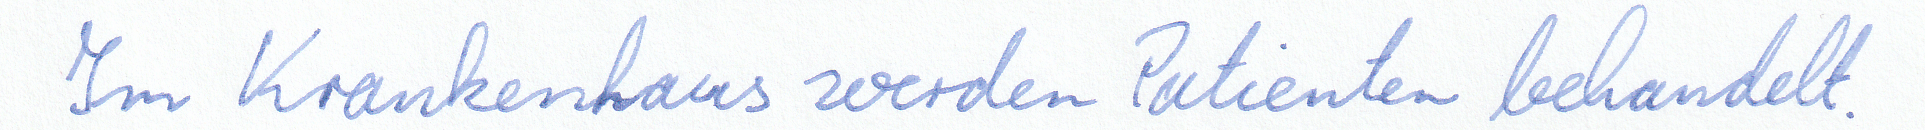
Im Krankenhaus werden Patienten behandelt.